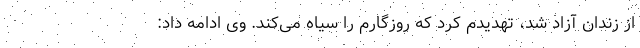
از زندان آزاد شد، تهدیدم کرد که روزگارم را سیاه می‌کند. وی ادامه داد: